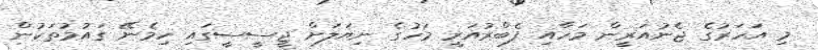
މި އަހަރުގެ ޖެނުއަރީން މަހާއި ފެބްރުއަރީ މަހުގެ ނިޔަލަށް ޖީސީސީގައި ހިމެނޭ ގައުމުތަކުން